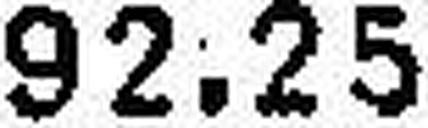
92.25